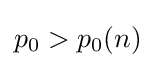
p_{0}>p_{0}(n)